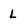
Character: L